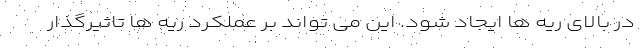
در بالای ریه ها ایجاد شود. این می تواند بر عملکرد ریه ها تاثیرگذار